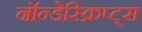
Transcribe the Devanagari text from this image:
नॉन्डेस्क्रिप्ट्स